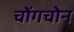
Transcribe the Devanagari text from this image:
चोंगचोन